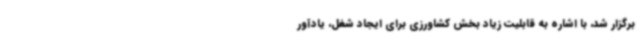
برگزار شد، با اشاره به قابلیت زیاد بخش کشاورزی برای ایجاد شغل، یادآور